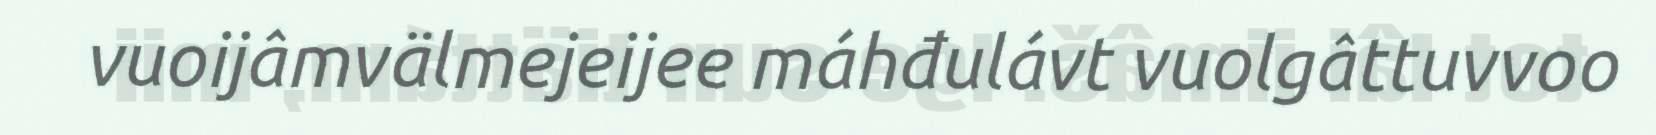
vuoijâmvälmejeijee máhđulávt vuolgâttuvvoo